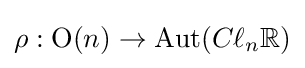
\rho :\mathrm {O} (n)\to \mathrm {Aut} (C\ell _{n}\mathbb {R} )